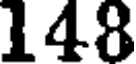
148